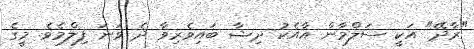
"ރާދޭ" އަކީ ސަލްމާން އާއެކު ދިޝާ ބައިވެރިވާ ދެ ވަނަ ފިލްމެވެ. މީގެ